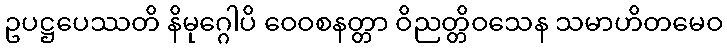
ဥပဋ္ဌပေဿတိ နိမုဂ္ဂေါပိ ဝေဝစနတ္တာ ဝိညတ္တိဝသေန သမာဟိတမေဝ